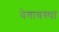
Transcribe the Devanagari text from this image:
वेगावस्था